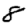
Digit: 8